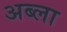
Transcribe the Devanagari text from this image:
अब्ला